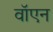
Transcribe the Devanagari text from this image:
वॉएन